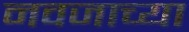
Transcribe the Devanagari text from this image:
नवजाच्या